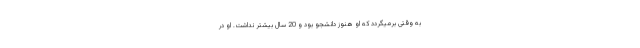
به وقتی برمیگردد که او هنوز دانشجو بود و 20 سال بیشتر نداشت. او در